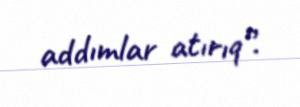
addımlar atırıq”.